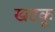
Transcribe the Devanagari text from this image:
खटकू